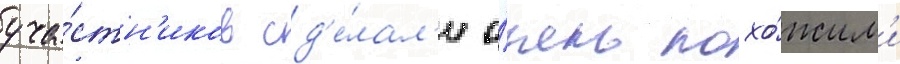
уча́стн'иков сд'е́лал'и о́чень похо́жим'и